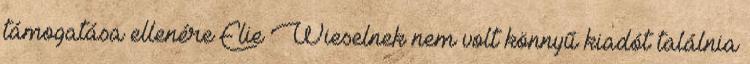
támogatása ellenére Elie Wieselnek nem volt könnyű kiadót találnia